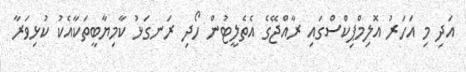
އަދި މި އަހަރު އޮލިމްޕިކްސްގައި ރާއްޖޭގެ އެތެލީޓުން ހޯދި ރަނގަޅު ކާމިޔާބީތަކާއެކު ކުޅިވަރާ